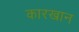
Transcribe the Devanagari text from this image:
कारखान